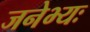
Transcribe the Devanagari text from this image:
जनेभ्यः